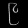
Digit: ၉